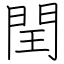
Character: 閏